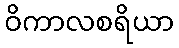
ဝိကာလစရိယာ